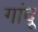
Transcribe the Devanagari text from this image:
गांदू